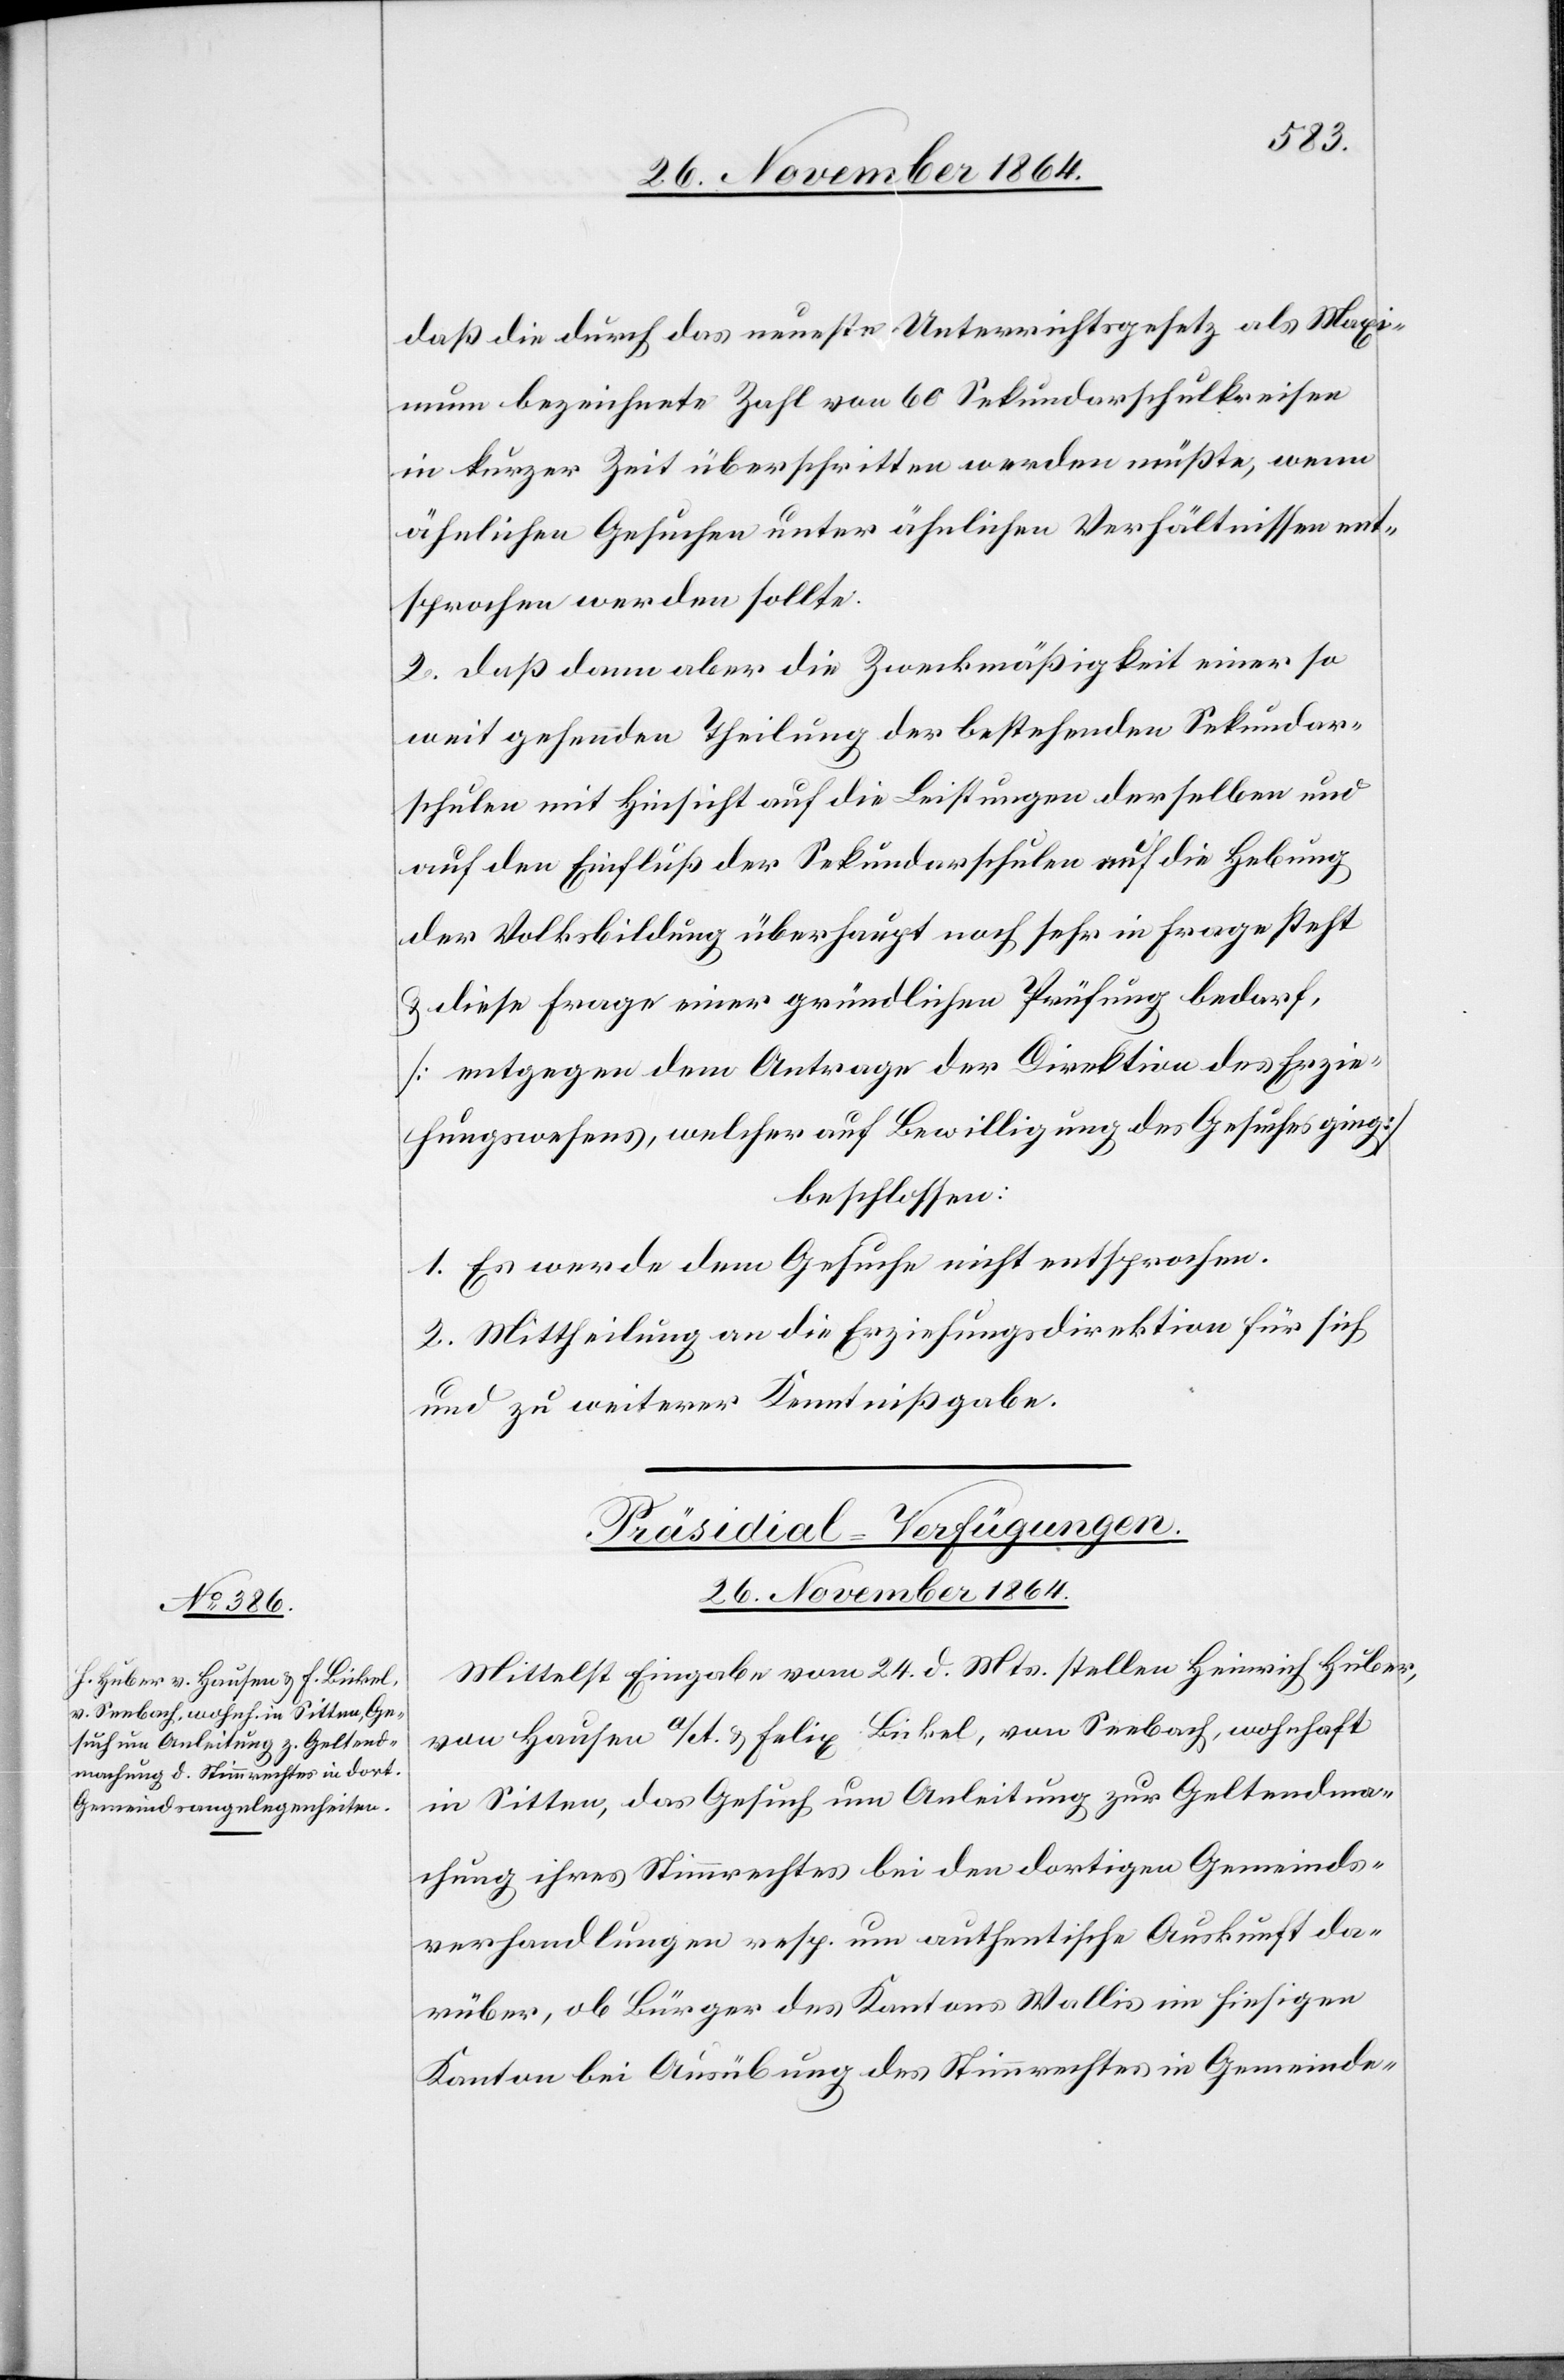
daß die durch das neueste Unterrichtsgesetz als Maxi¬
mum bezeichnete Zahl von 60 Sekundarschulkreisen
in kurzer Zeit überschritten werden müßte, wenn
ähnlichen Gesuchen unter ähnlichen Verhältnissen ent¬
sprochen werden sollte.
2. Daß dann aber die Zweckmäßigkeit einer so
weit gehenden Theilung der bestehenden Sekundar¬
schulen mit Hinsicht auf die Leistungen derselben und
auf den Einfluß der Sekundarschulen auf die Hebung
der Volksbildung überhaupt noch sehr in Frage steht
& diese Frage einer gründlichen Prüfung bedarf,
[entgegen dem Antrage der Direktion des Erzie¬
hungswesens, welcher auf Bewilligung des Gesuches ging,]
beschlossen:
1. Es werde dem Gesuche nicht entsprochen.
2. Mittheilung an die Erziehungsdirektion für sich
und zu weiterer Kenntnißgabe.
Präsidial-Verfügungen.
26. November 1864.
Mittelst Eingabe vom 24. d. Mts. stellen Heinrich Huber,
von Hausen a/A. & Felix Bickel, von Seebach, wohnhaft
in Sitten, das Gesuch um Anleitung zur Geltendma¬
chung ihres Stimmrechtes bei den dortigen Gemeinds¬
verhandlungen resp. um authentische Auskunft da¬
rüber, ob Bürger des Kantons Wallis im hiesigen
Kanton bei Ausübung ihres Stimmrechtes in Gemeinde-